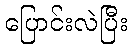
ပြောင်းလဲပြီး